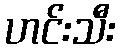
ဟင်းသီး